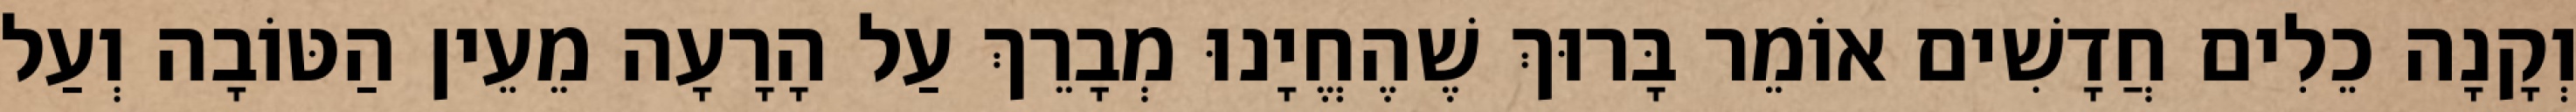
וְקָנָה כֵלִים חֲדָשִׁים אוֹמֵר בָּרוּךְ שֶׁהֶחֱיָנוּ מְבָרֵךְ עַל הָרָעָה מֵעֵין הַטּוֹבָה וְעַל